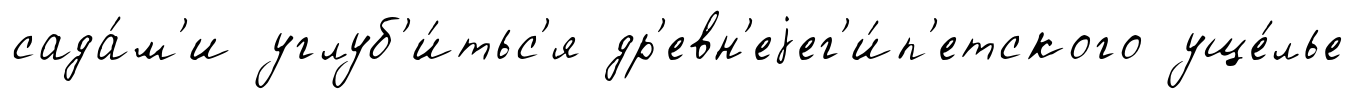
сада́м'и углуб'и́тьс'я др'евн'еjег'и́п'етского уще́лье